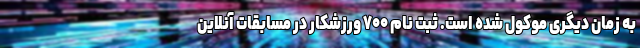
به زمان دیگری موکول شده است. ثبت نام ۷۰۰ ورزشکار در مسابقات آنلاین